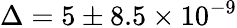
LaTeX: \Delta=5\pm 8.5\times 10^{-9}